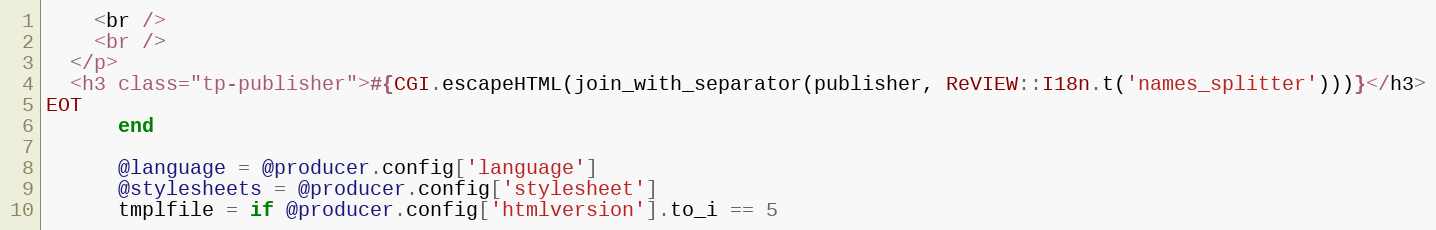
Language: Ruby
    <br />
    <br />
  </p>
  <h3 class="tp-publisher">#{CGI.escapeHTML(join_with_separator(publisher, ReVIEW::I18n.t('names_splitter')))}</h3>
EOT
      end

      @language = @producer.config['language']
      @stylesheets = @producer.config['stylesheet']
      tmplfile = if @producer.config['htmlversion'].to_i == 5